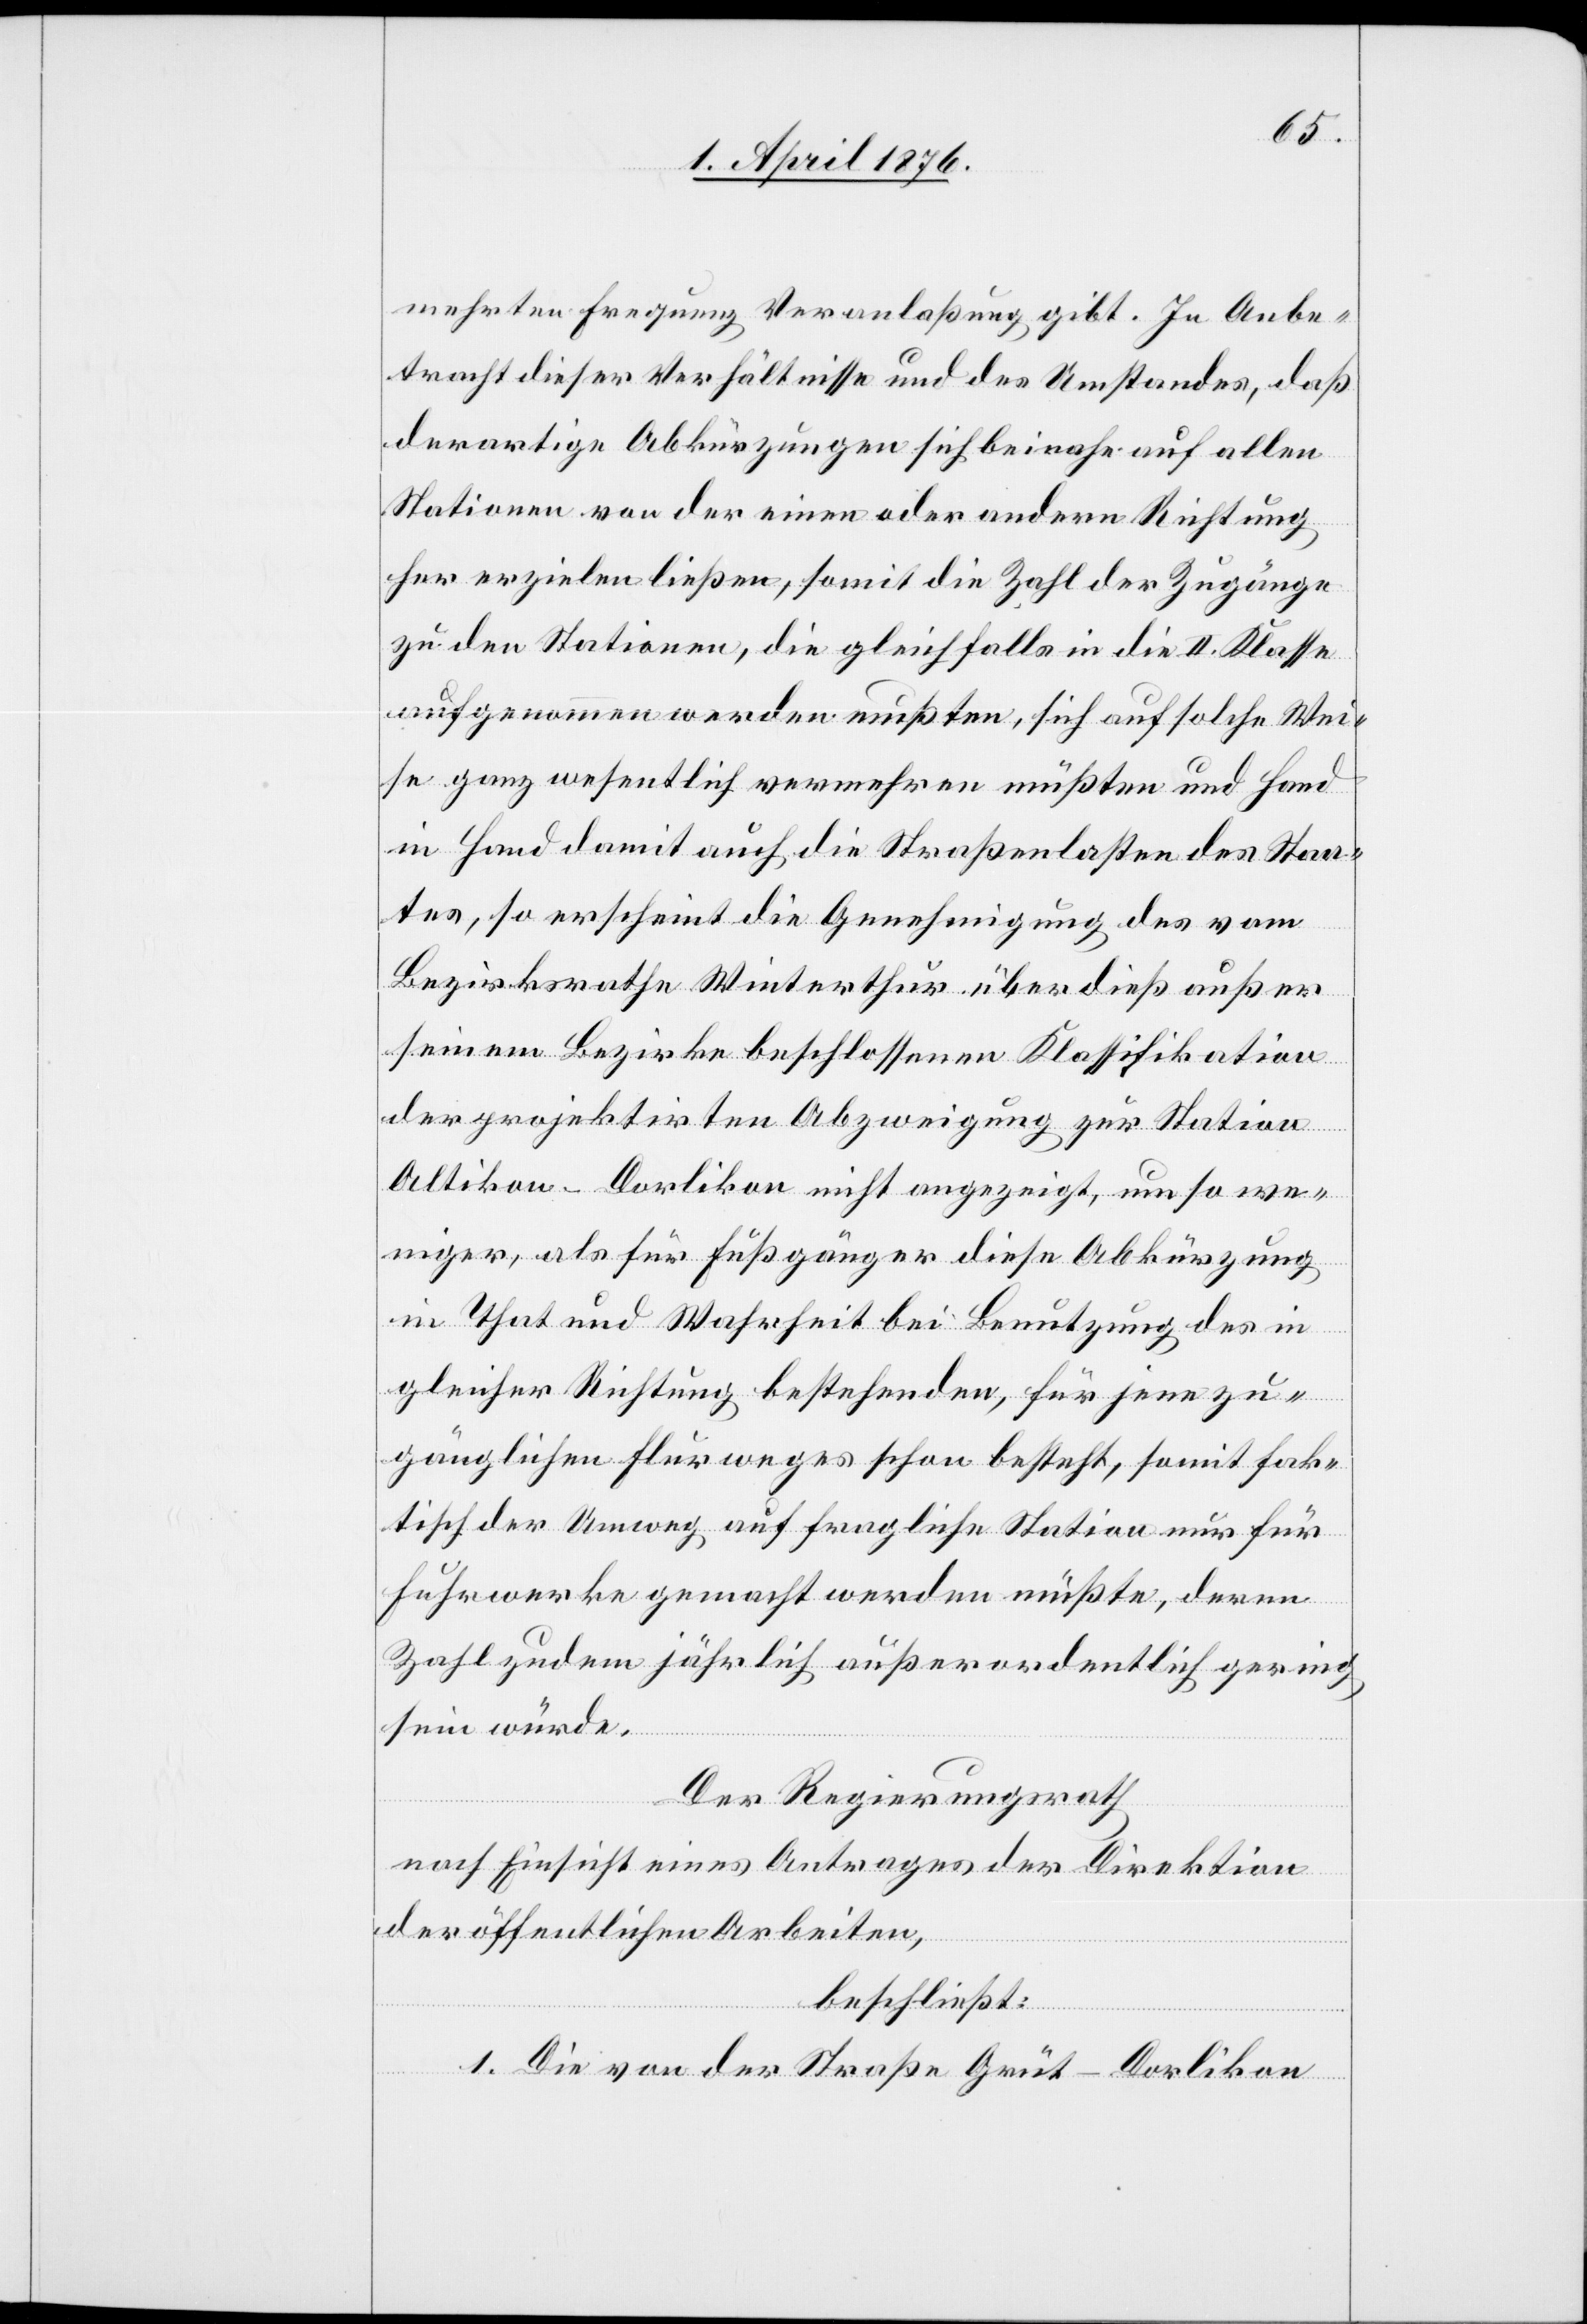
mehrten Frequenz Veranlaßung gibt. In Anbe¬
tracht dieser Verhältnisse und des Umstandes, daß
derartige Abkürzungen sich beinahe auf allen
Stationen von der einen oder andern Richtung
her erzielen ließen, somit die Zahl der Zugänge
zu den Stationen, die gleichfalls in die II. Klasse
aufgenommen werden mußten, sich auf solche Wei¬
se ganz wesentlich vermehren müßten und Hand
in Hand damit auch die Straßenlasten des Staa¬
tes, so erscheint die Genehmigung des
Bezirksrathe Winterthur über dieß außer
seinem Bezirke beschlossenen Klassifikation
der projektirten Abzweigung zur Station
Altikon-Dorlikon nicht angezeigt, umso we¬
niger, als für Fußgänger diese Abkürzung
in That und Wahrheit bei Benutzung des in
gleicher Richtung bestehenden, für jene zu¬
gänglichen Flurweges schon besteht, somit fak¬
tisch der Umweg auf fragliche Station nur für
Fuhrwerke gemacht werden müßte, deren
Zahl zudem jährlich außerordentlich gering
sein würde.
Der Regierungsrath
nach Einsicht eines Antrages der Direktion
der öffentlichen Arbeiten,
beschließt:
1. Die von der Straße Grüt–Dorlikon